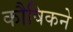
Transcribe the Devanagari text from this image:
कौषिकने